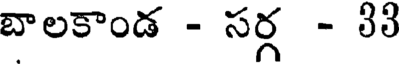
బాలకాండ - సర్గ - 33